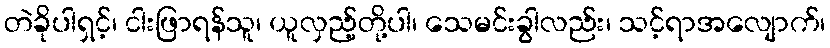
တဲခိုပါရှင့်၊ ငါးဖြာရန်သူ၊ ယူလှည့်တို့ပါ၊ သေမင်းခွါလည်း၊ သင့်ရာအလျောက်၊